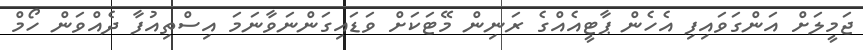
ޖަމީލަށް އަންގަވައިފި އެހެން ޕާޓީއެއްގެ ރަނިން މޭޓަކަށް ވަޑައިގަންނަވާނަމަ އިސްތިއުފާ ދެއްވަން ހޯމް